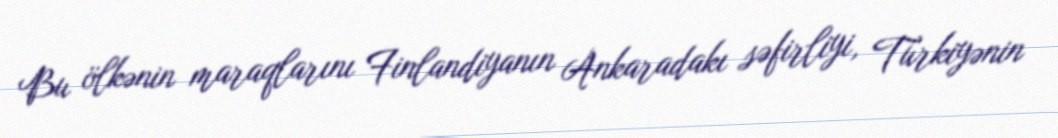
Bu ölkənin maraqlarını Finlandiyanın Ankaradakı səfirliyi, Türkiyənin